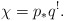
\begin{align*} \chi = p_*q^!.\end{align*}